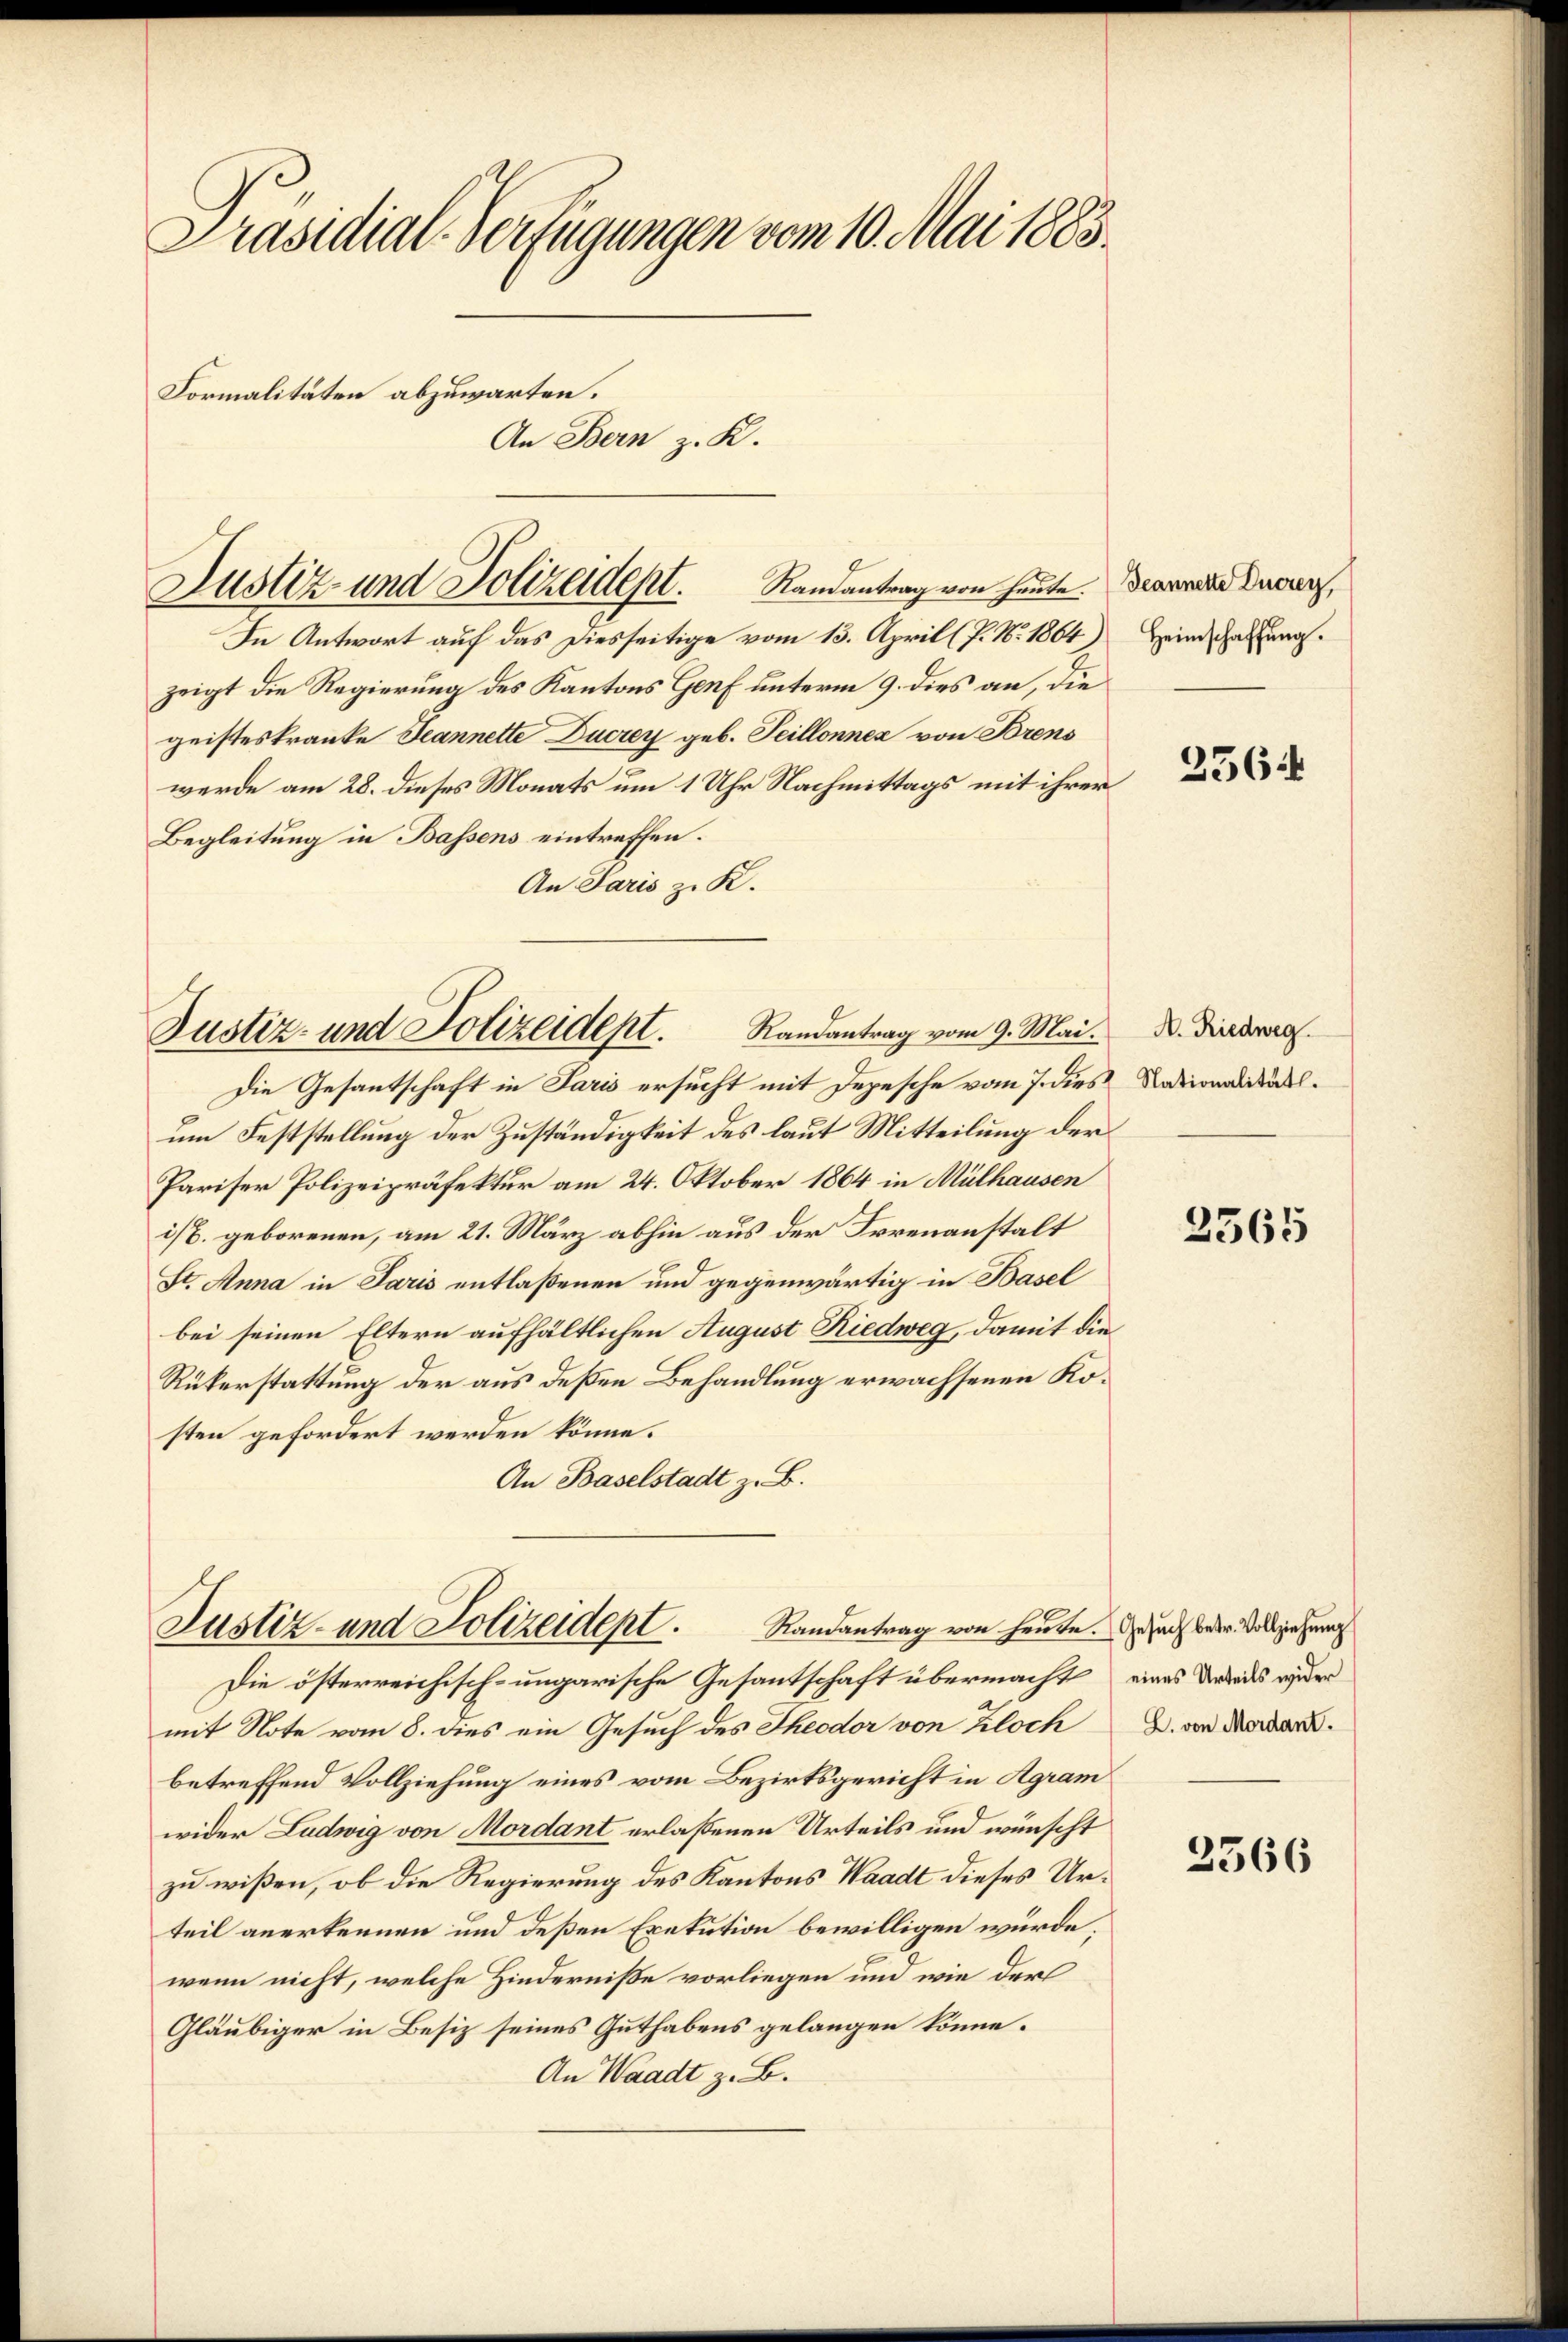
Präsidial-Verfügungen vom 10. Mai 1883.
Formalitäten abzuwarten.
An Bern z. K.

Ramantrag von heute. Beannere Durrer,
In Antwort auf das Diesseitige vom 13. April (P. Nr. 1864) Heindschaftung.
zeigt die Regierung des Kantons Genf unterm 9. dies an, die
geisteskranke Jeannette Ducrey geb. Seillonnex von Brens
werde am 28. dieses Monats um 1 Uhr Nachmittags mit ihrer
Begleitung in Bassens eintreffen.
An Paris z. K.

Justiz- und Polizeidept.

Justiz- und Polizeidept. Randantrag vom 9. Mai.

Justiz- und Polizeident. Randantrag von heute. Durch weder Vollziehung

Die Gesantschaft in Paris ersucht mit Depesche vom 7. dies
um Feststellung der Zuständigkeit des laut Mitteilung der
Pariser Polizeipräfektur am 24. Oktober 1864 in Mülhausen
ist. geborenen, am 21. März abhin aus der Irrenanstalt
St. Anna in Paris entlaßenen und gegenwärtig in Basel
bei seinen Eltern aufhältlichen August Riedweg, damit die
Rükerstattung der aus deßen Behandlung erwachsenen Kosten gefordert werden könne.
An Baselstadt z. B.

Die österreichisch-ungarische Gesantschaft übermacht eines Weides wieder
mit Note vom 8. dies ein Gesuch des Theodor von Kloch D. von Morderbetreffend Vollziehung eines vom Bezirksgericht in Agram
wider Ludwig von Mordant erlaßenen Urteils und wünscht
zu wißen, ob die Regierung des Kantons Waadt dieses Urteil anerkennen und deßen Exekution bewilligen würde,
wenn nicht, welche Hinderniße vorliegen und wie der
Gläubiger in Besiz seines Guthabens gelangen könne.
An Waadt z. B.

2564

A. Riedweg
Nationalität.

2565

2366